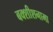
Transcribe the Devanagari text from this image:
बक्शीशनामा